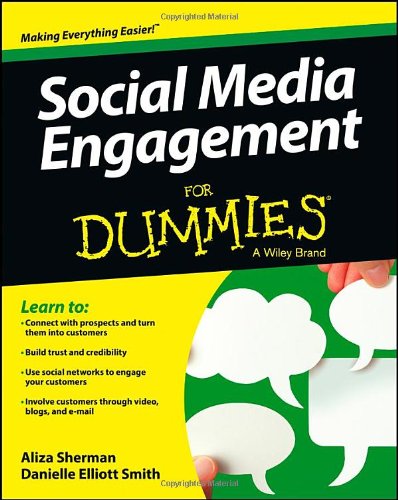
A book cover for Social Media Engagement For Dummies; Aliza Sherman; Computers & Technology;